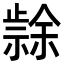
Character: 𭭳